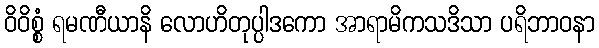
ဝိဝိစ္စံ ရမဏီယာနိ လောဟိတုပ္ပါဒကော အာရာမိကသဒိသာ ပရိဘာဝနာ